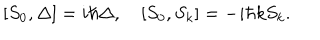
LaTeX: [ S _ { 0 } , \Delta ] = i \hbar \Delta , \quad [ S _ { 0 } , S _ { k } ] = - i \hbar k S _ { k } .